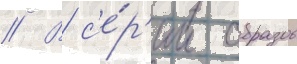
// В с'е́р'ии образов